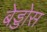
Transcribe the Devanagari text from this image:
बेड्डोस